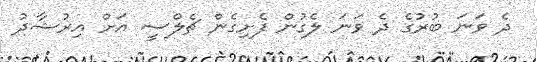
ދެ ވަނަ ބުރުގެ ދެ ވަނަ ލެގުން ފެށިގެން ޗެލްސީ އަށް އިރުޝާދު